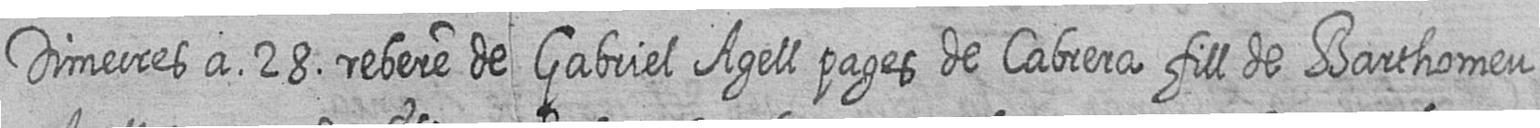
Dimecres a 28 rebere de Gabriel Agell pages de Cabrera fill de Barthomeu